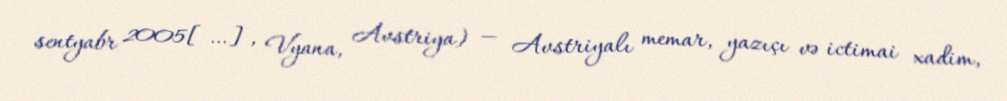
sentyabr 2005[…], Vyana, Avstriya) — Avstriyalı memar, yazıçı və ictimai xadim,